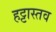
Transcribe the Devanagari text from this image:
हट्टास्तव